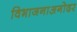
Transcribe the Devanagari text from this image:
विभाजनाअगोदर